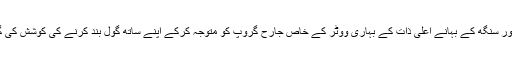
تو کیا کنور سنگھ کے بہانے اعلیٰ ذات کے بہاری ووٹر کے خاص جارح گروپ کو متوجہ کرکے اپنے ساتھ گول بند کرنے کی کوشش کی گئی ہے؟